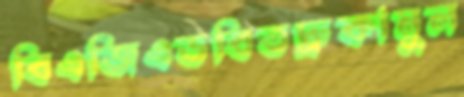
বিএজিএডবিতদ্রুকামুল